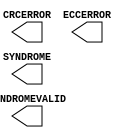
///////////////////////////////////////////////////////////////////////////////
// Copyright (c) 1995/2004 Xilinx, Inc.
// All Right Reserved.
///////////////////////////////////////////////////////////////////////////////
//   ____  ____
//  /   /\/   /
// /___/  \  /    Vendor : Xilinx
// \   \   \/     Version : 10.1
//  \   \         Description : Xilinx Functional Simulation Library Component
//  /   /
// /___/   /\     Filename : FRAME_ECC_VIRTEX5.v
// \   \  /  \    Timestamp : Thu Jul 21 13:42:30 PDT 2005
//  \___\/\___\
//
// Revision:
//    07/21/05 - Initial version.
// End Revision

`timescale 1 ps / 1 ps 

module FRAME_ECC_VIRTEX5 (
	CRCERROR,
	ECCERROR,
	SYNDROME,
	SYNDROMEVALID
);

output CRCERROR;
output ECCERROR;
output SYNDROMEVALID;
output [11:0] SYNDROME;

specify
	specparam PATHPULSE$ = 0;
endspecify

endmodule